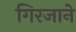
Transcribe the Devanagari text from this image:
गिरजाने